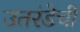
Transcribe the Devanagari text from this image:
उतरंडेची